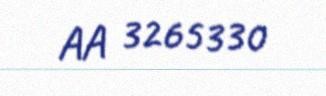
AA 3265330